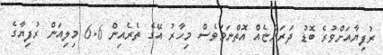
ރުފިޔާއަށްވުރެ ބޮޑު ދަރަންޏެއް އޮތްނަމަވެސް މިހާރު އޭގެ ތެރެއިން 6.6 މިލިއަން ރުފިޔާގެ